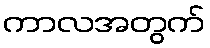
ကာလအတွက်